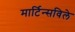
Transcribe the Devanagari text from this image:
मार्टिन्सविले